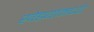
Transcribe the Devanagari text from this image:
खेडयांमध्ये